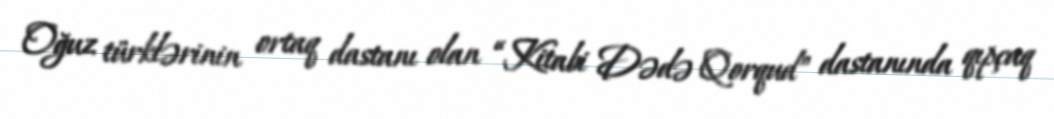
Oğuz türklərinin ortaq dastanı olan “Kitabi Dədə Qorqud” dastanında qıpçaq